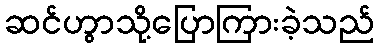
ဆင်ဟွာသို့ပြောကြားခဲ့သည်